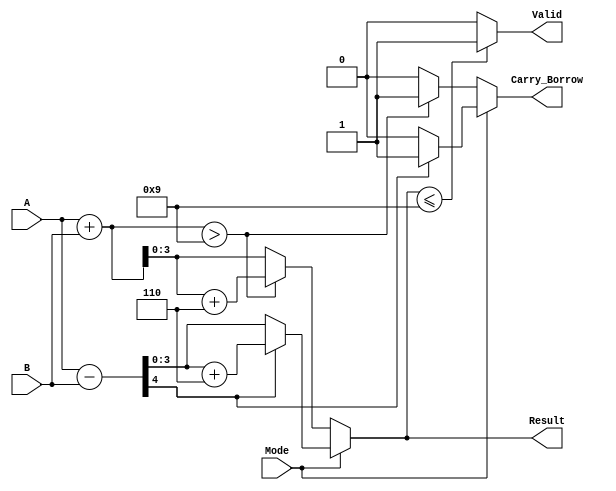
module BCD_Add_Subtracter (
    input [3:0] A,      // First BCD operand
    input [3:0] B,      // Second BCD operand
    input Mode,         // Mode selection: 0 for addition, 1 for subtraction
    output reg [3:0] Result,  // BCD result
    output reg Carry_Borrow,   // Carry out for addition or borrow for subtraction
    output reg Valid          // Validity signal for BCD result
);

    reg [4:0] sum;               // Intermediate sum for BCD addition
    reg [4:0] sub;               // Intermediate result for BCD subtraction
    
    // Always block for BCD Addition and Subtraction
    always @(*) begin
        // Default values
        Result = 4'b0000;
        Carry_Borrow = 1'b0;
        Valid = 1'b0;

        if (Mode == 1'b0) begin // Addition
            // Perform addition
            sum = A + B;

            // Check if correction is needed for BCD
            if (sum > 4'b1001) begin
                sum = sum + 5'b0110; // Correction factor (6)
                Carry_Borrow = 1'b1;  // Set carry flag
            end
            
            Result = sum[3:0]; // Take the lower 4 bits as the result
            
        end else begin // Subtraction
            // Perform subtraction using two's complement
            sub = A - B;

            if (sub[4] == 1'b1) begin // Check for borrow condition (negative result)
                sub = sub + 5'b0110; // Apply borrow correction
                Carry_Borrow = 1'b1; // Set borrow flag
            end
            
            Result = sub[3:0]; // Take the lower 4 bits as the result
        end

        // Check for valid BCD output
        if (Result <= 4'b1001) begin
            Valid = 1'b1; // Valid if less than or equal to 9
        end else begin
            Valid = 1'b0; // Invalid if greater than 9
        end
    end

endmodule